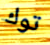
توك